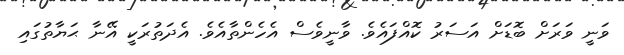
ވަނީ ވަރަށް ބޮޑަށް އަސަރު ކޮއްފައެވެ. ވާނީވެސް އެހެންތާއެވެ. އެދަތުރަކީ އޭނާ ޙަޔާތުގައި